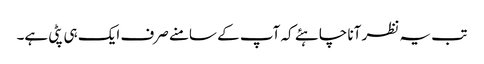
تب یہ نظر آنا چاہئے کہ آپ کے سامنے صرف ایک ہی پٹی ہے۔